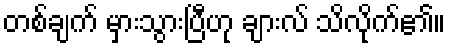
တစ်ချက် မှားသွားပြီဟု ချားလ် သိလိုက်၏။